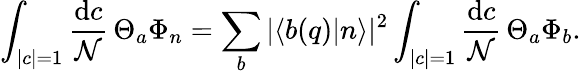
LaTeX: \int_{|c|=1}{\frac{\mathrm{d}c}{\mathcal{N}}}\, \Theta_{a}\Phi_{n}=\sum_{b}|\langle b(q)|n\rangle|^{2}\int_{|c|=1}{\frac{\mathrm{d}c}{\mathcal{N}}}\, \Theta_{a}\Phi_{b}.